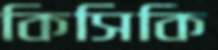
কিসিকি